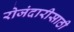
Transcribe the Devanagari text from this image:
रोजंदारीसाठी